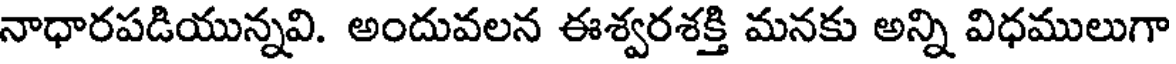
నాధారపడియున్నవి. అందువలన ఈశ్వరశక్తి మనకు అన్ని విధములుగా